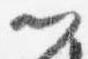
門